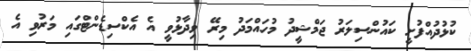
ކުޅުދުއްފުށީ ކައުންސިލަރު ޖަމްޝީދު މުހައްމަދު މިރޭ ވިދާޅުވީ އެ އެކްސިޑެންޓްގައި މަރުވި އެ